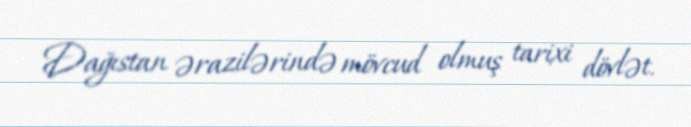
Dağıstan ərazilərində mövcud olmuş tarixi dövlət.